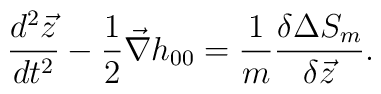
\frac{d^2{\vec z}}{dt^2} - \frac{1}{2} {\vec \nabla}h_{00} =\frac{1}{m} \frac{\delta \Delta S_m}{\delta {\vec z}} .